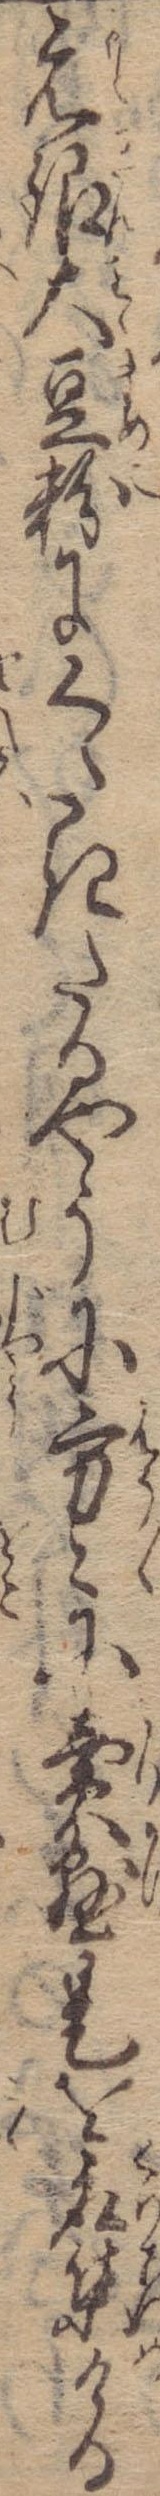
元銀大豆粉にくたきたるやうに方々に売懸是を取集ける